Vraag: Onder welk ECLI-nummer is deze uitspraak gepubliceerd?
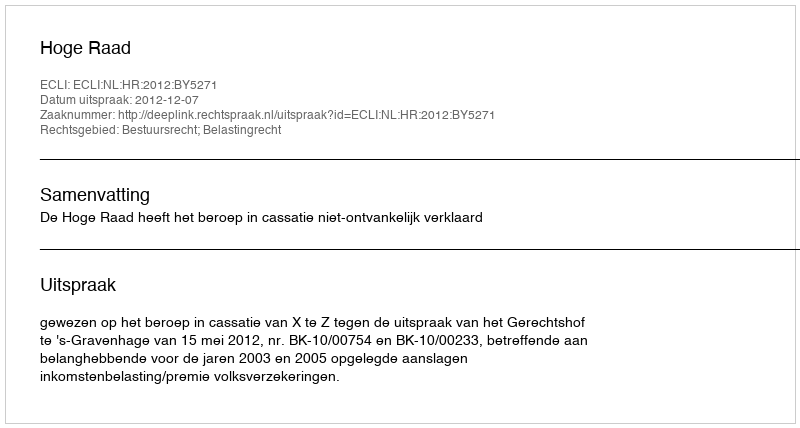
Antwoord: ECLI:NL:HR:2012:BY5271